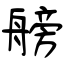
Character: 艕